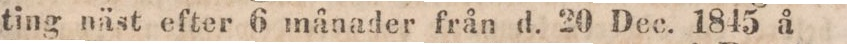
ting näst efter 6 månader från d. 20 Dec. 1845 å